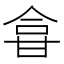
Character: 𱰖